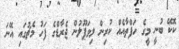
ކޮކޭ ބުނީ މީގެ ހަފްތާއެއް ކުރިން ލިވަޕޫލުން ޖެރާޑްގެ ފަހު މެޗުގައި އޭނަ